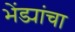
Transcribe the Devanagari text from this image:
भेंड्यांचा